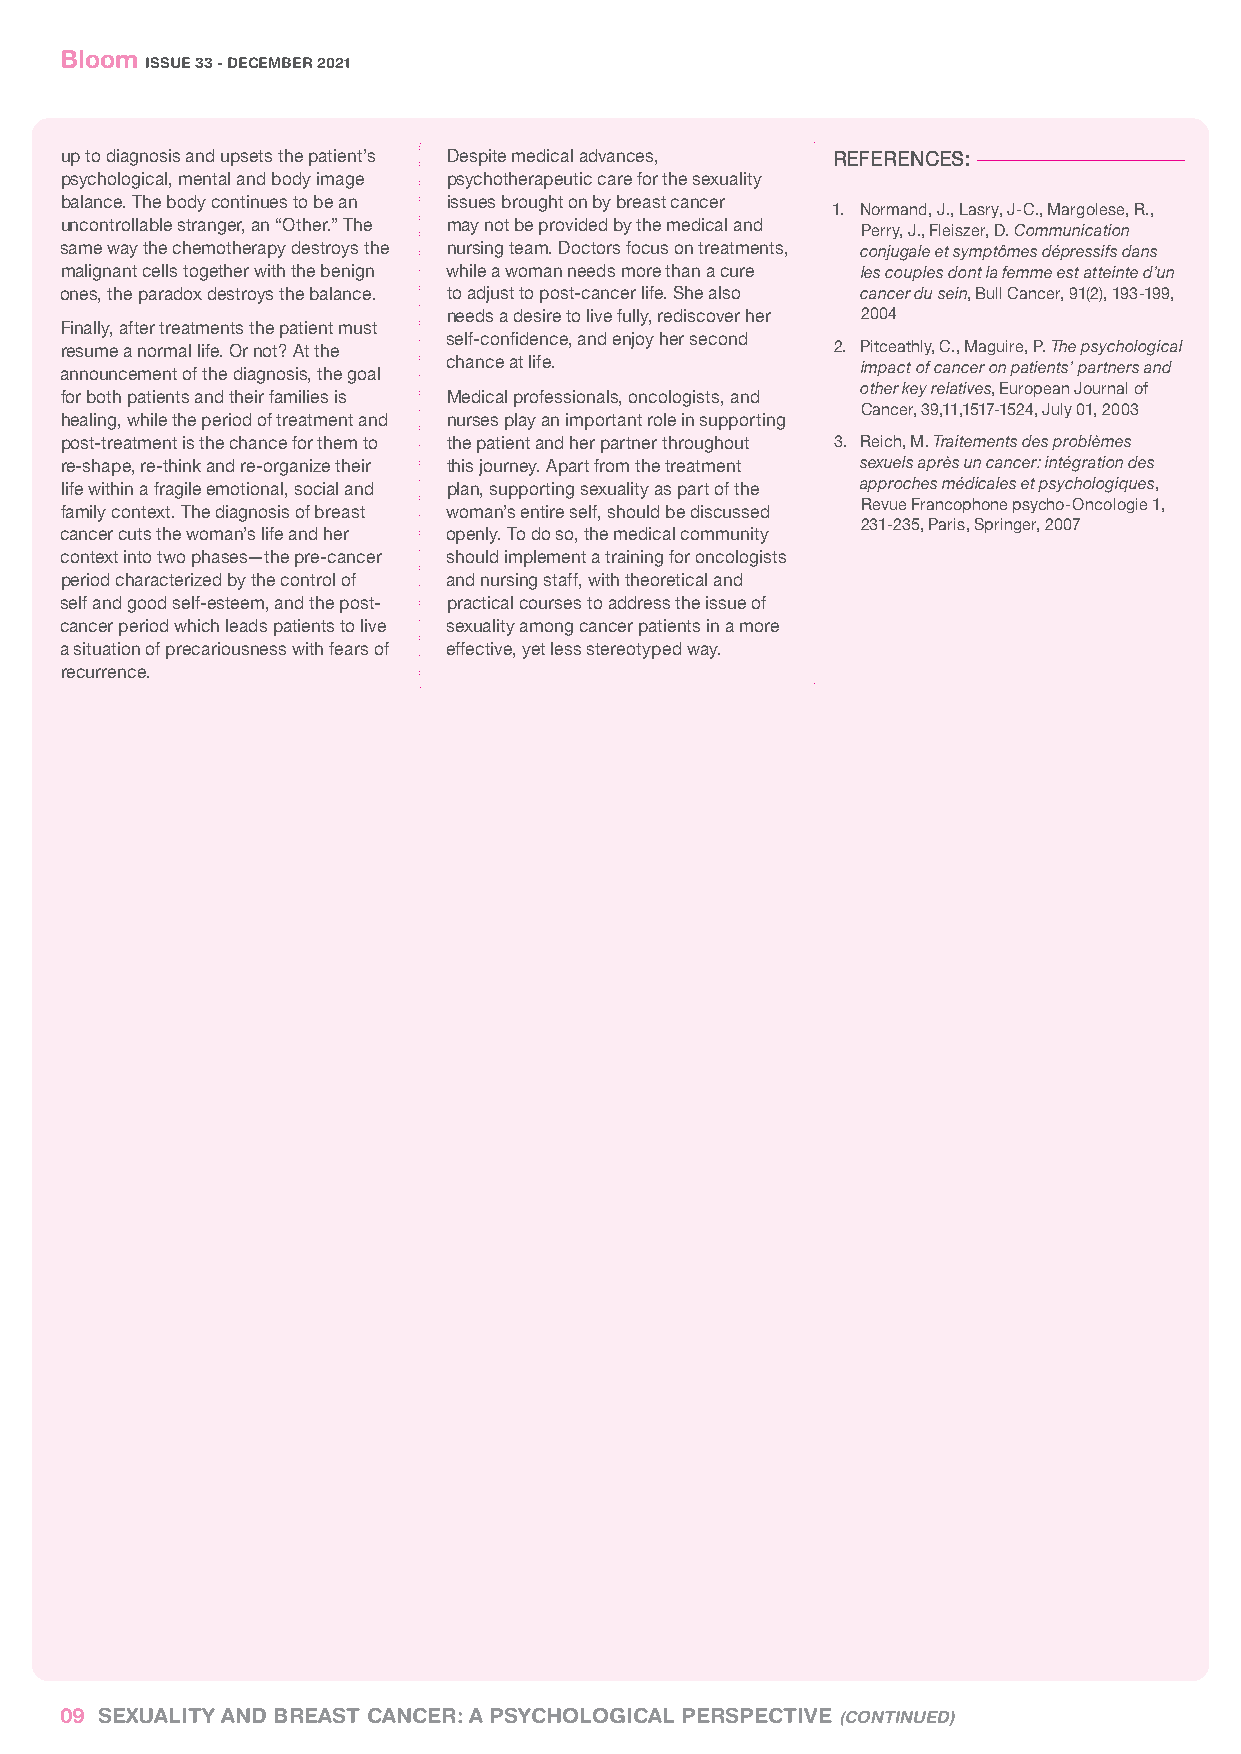
Bloom
 ISSUE 33 - DECEMBER 2021
 up to diagnosis and upsets the patient’s Despite medical advances, REFERENCES:
 psychological, mental and body image psychotherapeutic care for the sexuality
 balance. The body continues to be an issues brought on by breast cancer
 1. Normand, J., Lasry, J-C., Margolese, R.,
 uncontrollable stranger, an “Other.” The may not be provided by the medical and Perry, J., Fleiszer, D. Communication
 same way the chemotherapy destroys the nursing team. Doctors focus on treatments, conjugale et symptômes dépressifs dans
 malignant cells together with the benign while a woman needs more than a cure les couples dont la femme est atteinte d’un
 ones, the paradox destroys the balance. to adjust to post-cancer life. She also cancer du sein, Bull Cancer, 91(2), 193-199,
 needs a desire to live fully, rediscover her 2004
 Finally, after treatments the patient must
 resume a normal life. Or not? At the self-confidence, and enjoy her second 2. Pitceathly, C., Maguire, P. The psychological
 chance at life.            impact of cancer on patients’ partners and
 announcement of the diagnosis, the goal
 other key relatives, European Journal of
 for both patients and their families is Medical professionals, oncologists, and
 Cancer, 39,11,1517-1524, July 01, 2003
 healing, while the period of treatment and nurses play an important role in supporting
 post-treatment is the chance for them to the patient and her partner throughout 3. Reich, M. Traitements des problèmes
 sexuels après un cancer: intégration des
 re-shape, re-think and re-organize their this journey. Apart from the treatment
 life within a fragile emotional, social and plan, supporting sexuality as part of the
 approches médicales et psychologiques,
 Revue Francophone psycho-Oncologie 1,
 family context. The diagnosis of breast woman’s entire self, should be discussed
 231-235, Paris, Springer, 2007
 cancer cuts the woman’s life and her openly. To do so, the medical community
 context into two phases—the pre-cancer should implement a training for oncologists
 period characterized by the control of and nursing staff, with theoretical and
 self and good self-esteem, and the post- practical courses to address the issue of
 cancer period which leads patients to live sexuality among cancer patients in a more
 a situation of precariousness with fears of effective, yet less stereotyped way.
 recurrence.
 09 SEXUALITY AND BREAST CANCER: A PSYCHOLOGICAL PERSPECTIVE (CONTINUED)